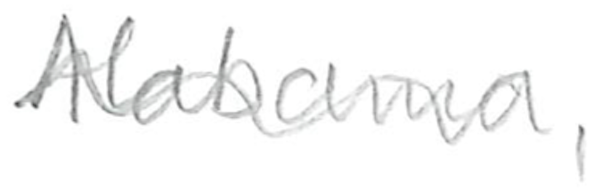
Text: Alabama,
Cross-out: wave
Writing tool: pencil